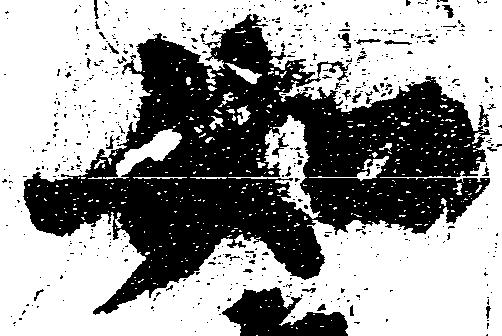
如